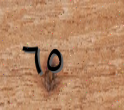
٦٥